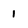
Character: 1